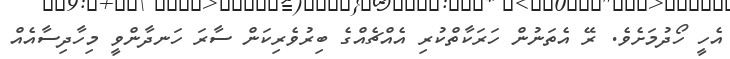
އެހީ ހޯދުމަށެވެ. ރޭ އެތަނުން ހަރަކާތްކުރި އެއްޗެއްގެ ބިރުވެރިކަން ސާރަ ހަނދާންވީ މިހާދިސާއެއް